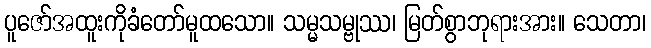
ပူဇော်အထူးကိုခံတော်မူထသော။ သမ္မသမ္ဗုဿ၊ မြတ်စွာဘုရားအား။ သေတာ၊